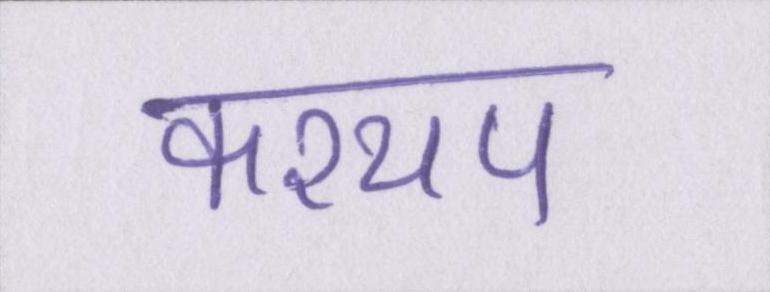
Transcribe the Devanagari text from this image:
कश्यप